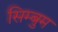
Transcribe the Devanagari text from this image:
सिम्बुम